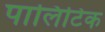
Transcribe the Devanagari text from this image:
पालिटिक